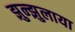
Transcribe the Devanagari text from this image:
झुन्झुलाया